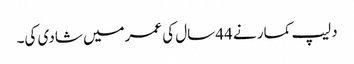
دلیپ کمار نے 44سال کی عمرمیں شادی کی۔